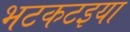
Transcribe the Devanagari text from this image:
भटकटइया